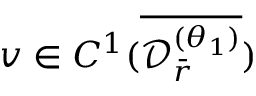
v \in C ^ { 1 } ( \overline { { \mathcal { D } _ { \bar { r } } ^ { ( \theta _ { 1 } ) } } } )